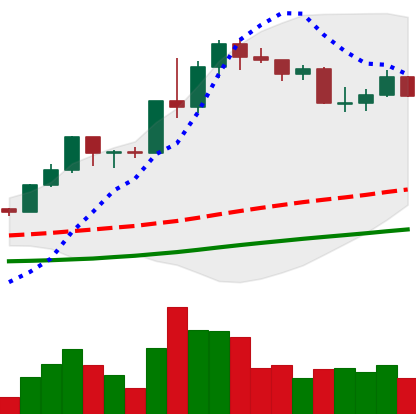
Ticker: LINK-USD
Chart end date: 2020-07-24
Forward return: -4.253%
Label: down_3_5